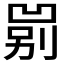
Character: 𱐐